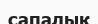
сапалык